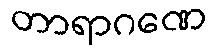
တာရာဂဏေ